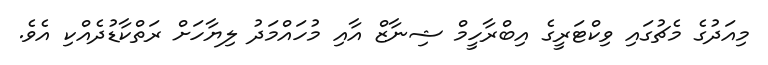
މިއަދުގެ މެޗުގައި ވިކްޓަރީގެ އިބްރާހީމް ޝިނާޒް އާއި މުހައްމަދު ލިޔާހަށް ރަތްކާޑުދެއްކި އެވެ.